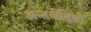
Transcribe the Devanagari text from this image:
अन्तर्कड़ियाँ